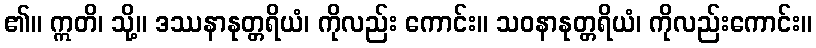
၏။ ဣတိ၊ သို့။ ဒဿနာနုတ္တရိယံ၊ ကိုလည်း ကောင်း။ သဝနာနုတ္တရိယံ၊ ကိုလည်းကောင်း။